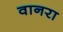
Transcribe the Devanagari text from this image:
वानरा